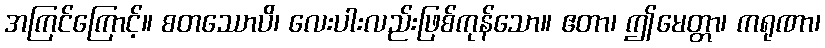
အကြင်ကြောင့်။ စတဿောပိ၊ လေးပါးလည်းဖြစ်ကုန်သော။ ဧတာ၊ ဤမေတ္တာ၊ ကရုဏာ၊